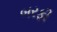
બરફી